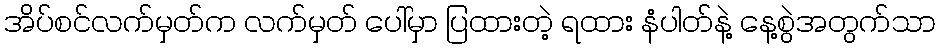
အိပ်စင်လက်မှတ်က လက်မှတ် ပေါ်မှာ ပြထားတဲ့ ရထား နံပါတ်နဲ့ နေ့စွဲအတွက်သာ